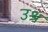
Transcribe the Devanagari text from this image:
उश्र